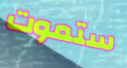
ستموت